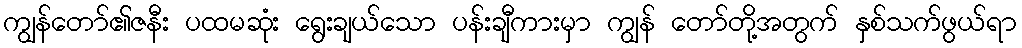
ကျွန်တော်၏ဇနီး ပထမဆုံး ရွေးချယ်သော ပန်းချီကားမှာ ကျွန် တော်တို့အတွက် နှစ်သက်ဖွယ်ရာ